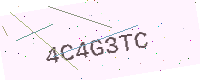
Text: 4C4G3TC